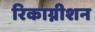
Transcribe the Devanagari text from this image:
रिकाग्नीशन